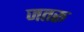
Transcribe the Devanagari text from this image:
जतरू